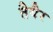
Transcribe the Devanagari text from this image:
तैयैर